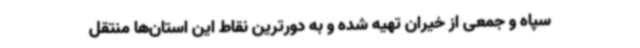
سپاه و جمعی از خیران تهیه شده و به دورترین نقاط این استان‌ها منتقل